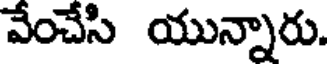
వేంచేసి యున్నారు.